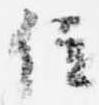
位